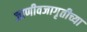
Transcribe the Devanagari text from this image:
जाणीवजागृतीच्या